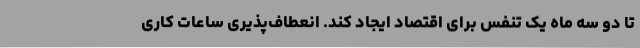
تا دو سه ماه یک تنفس برای اقتصاد ایجاد کند. انعطاف‌پذیری ساعات کاری